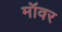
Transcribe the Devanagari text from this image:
मॉवर